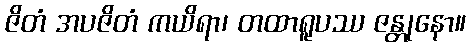
ဇိတံ အပဇိတံ ကယိရာ၊ တထာရူပဿ ဇန္တုနော။